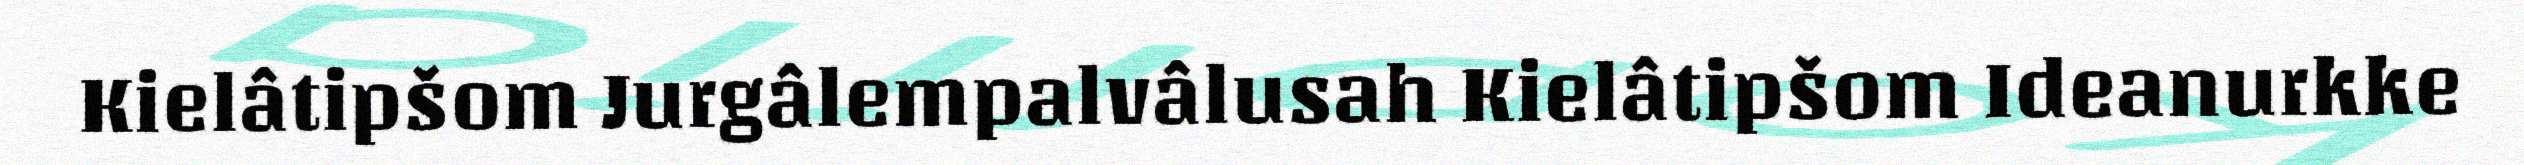
Kielâtipšom Jurgâlempalvâlusah Kielâtipšom Ideanurkke